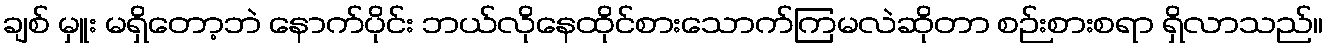
ချစ် မှူး မရှိတော့ဘဲ နောက်ပိုင်း ဘယ်လိုနေထိုင်စားသောက်ကြမလဲဆိုတာ စဉ်းစားစရာ ရှိလာသည်။